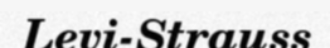
Levi-Strauss